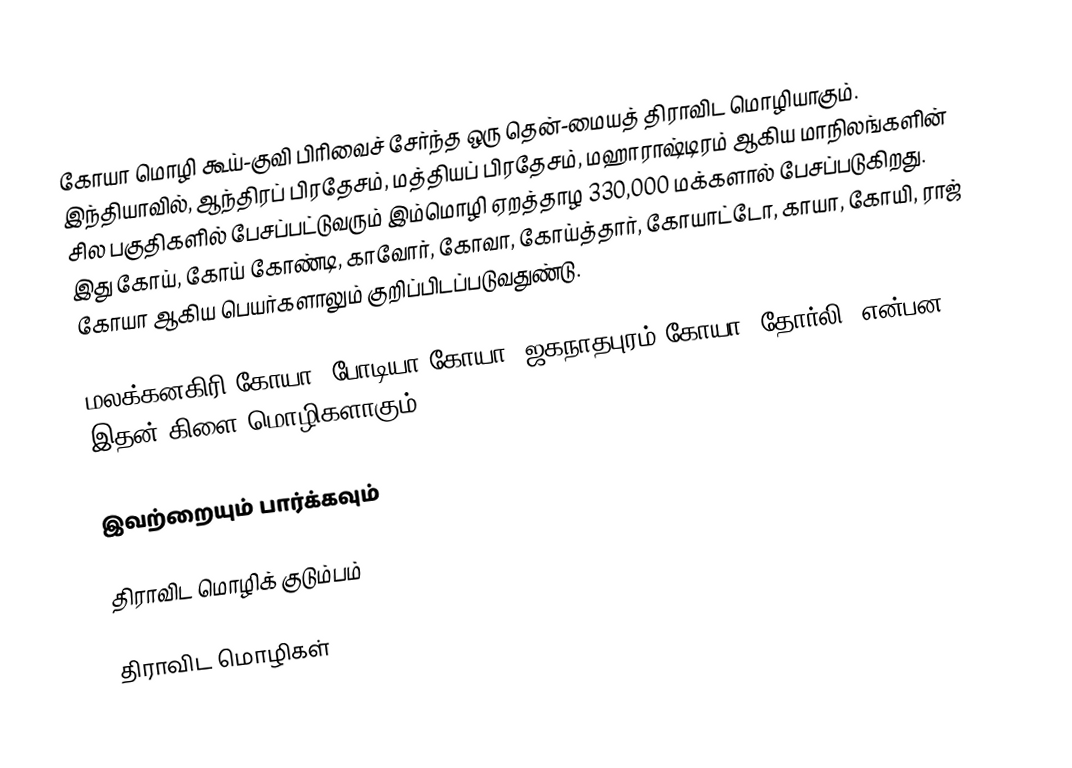
கோயா மொழி கூய்-குவி பிரிவைச் சேர்ந்த ஒரு தென்-மையத் திராவிட மொழியாகும். இந்தியாவில், ஆந்திரப் பிரதேசம், மத்தியப் பிரதேசம், மஹாராஷ்டிரம் ஆகிய மாநிலங்களின் சில பகுதிகளில் பேசப்பட்டுவரும் இம்மொழி ஏறத்தாழ 330,000 மக்களால் பேசப்படுகிறது. இது கோய், கோய் கோண்டி, காவோர், கோவா, கோய்த்தார், கோயாட்டோ, காயா, கோயி, ராஜ் கோயா ஆகிய பெயர்களாலும் குறிப்பிடப்படுவதுண்டு.

மலக்கனகிரி கோயா, போடியா கோயா, ஜகநாதபுரம் கோயா, தோர்லி, என்பன இதன் கிளை மொழிகளாகும்.

இவற்றையும் பார்க்கவும்

 திராவிட மொழிக் குடும்பம்

திராவிட மொழிகள்